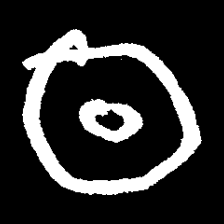
Pyu character \u2014 Myanmar letter: ထ (romanized: tha)